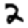
Digit: 2